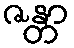
ဇန္တာ